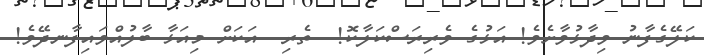
ކަލޭގެފާނު ވިދާޅުވާށެވެ! އަޅުގެ ވެރިރަސްކަލާކޮ!  ތެރި  އަކަށް މިއަޅާ ބާލުއްވައިފާނދޭވެ!